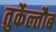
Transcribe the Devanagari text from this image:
तुर्केल्तौब